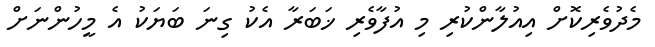
މެދުވެރިކޮށް އިއުލާންކުރި މި އުފާވެރި ޚަބަރާ އެކު ގިނަ ބަޔަކު އެ މީހުންނަށް